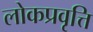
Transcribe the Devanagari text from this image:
लोकप्रवृत्ति